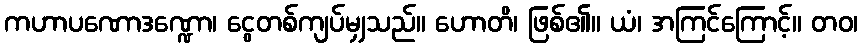
ကဟာပဏောဒဏ္ဍော၊ ငွေတစ်ကျပ်မျှသည်။ ဟောတိ၊ ဖြစ်၏။ ယံ၊ အကြင်ကြောင့်။ တဝ၊